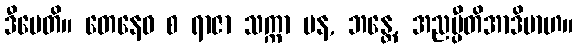
ဒီပေတိ။ တေနေဝ စ ရာဇာ သက္ကာ ပန, ဘန္တေ, အညမ္ပီတိအာဒိမာဟ။